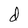
Character: d